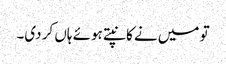
تو میں نے کانپتے ہوئے ہاں کر دی۔